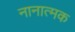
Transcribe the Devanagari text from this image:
नानात्मक